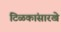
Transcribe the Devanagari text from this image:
टिळकांसारखे